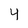
Character: 4